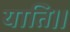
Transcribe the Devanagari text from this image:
याति।।